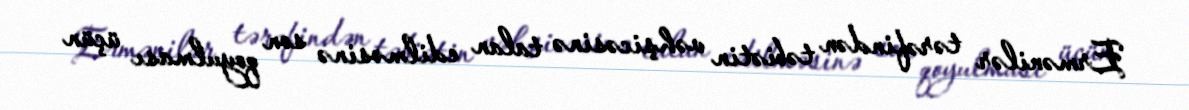
Ermənilər tərəfindən təbiətin vəhşicəsinə talan edilməsinə son qoyulması üçün